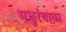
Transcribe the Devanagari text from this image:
मधुरंथाका